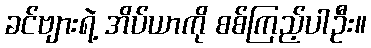
ခင်ဗျားရဲ့ အိပ်ယာကို စစ်ကြည့်ပါဦး။